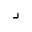
\lrcorner